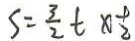
S = \frac { 3 } { 2 } t \times \frac { 1 } { 2 }